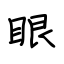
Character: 眼